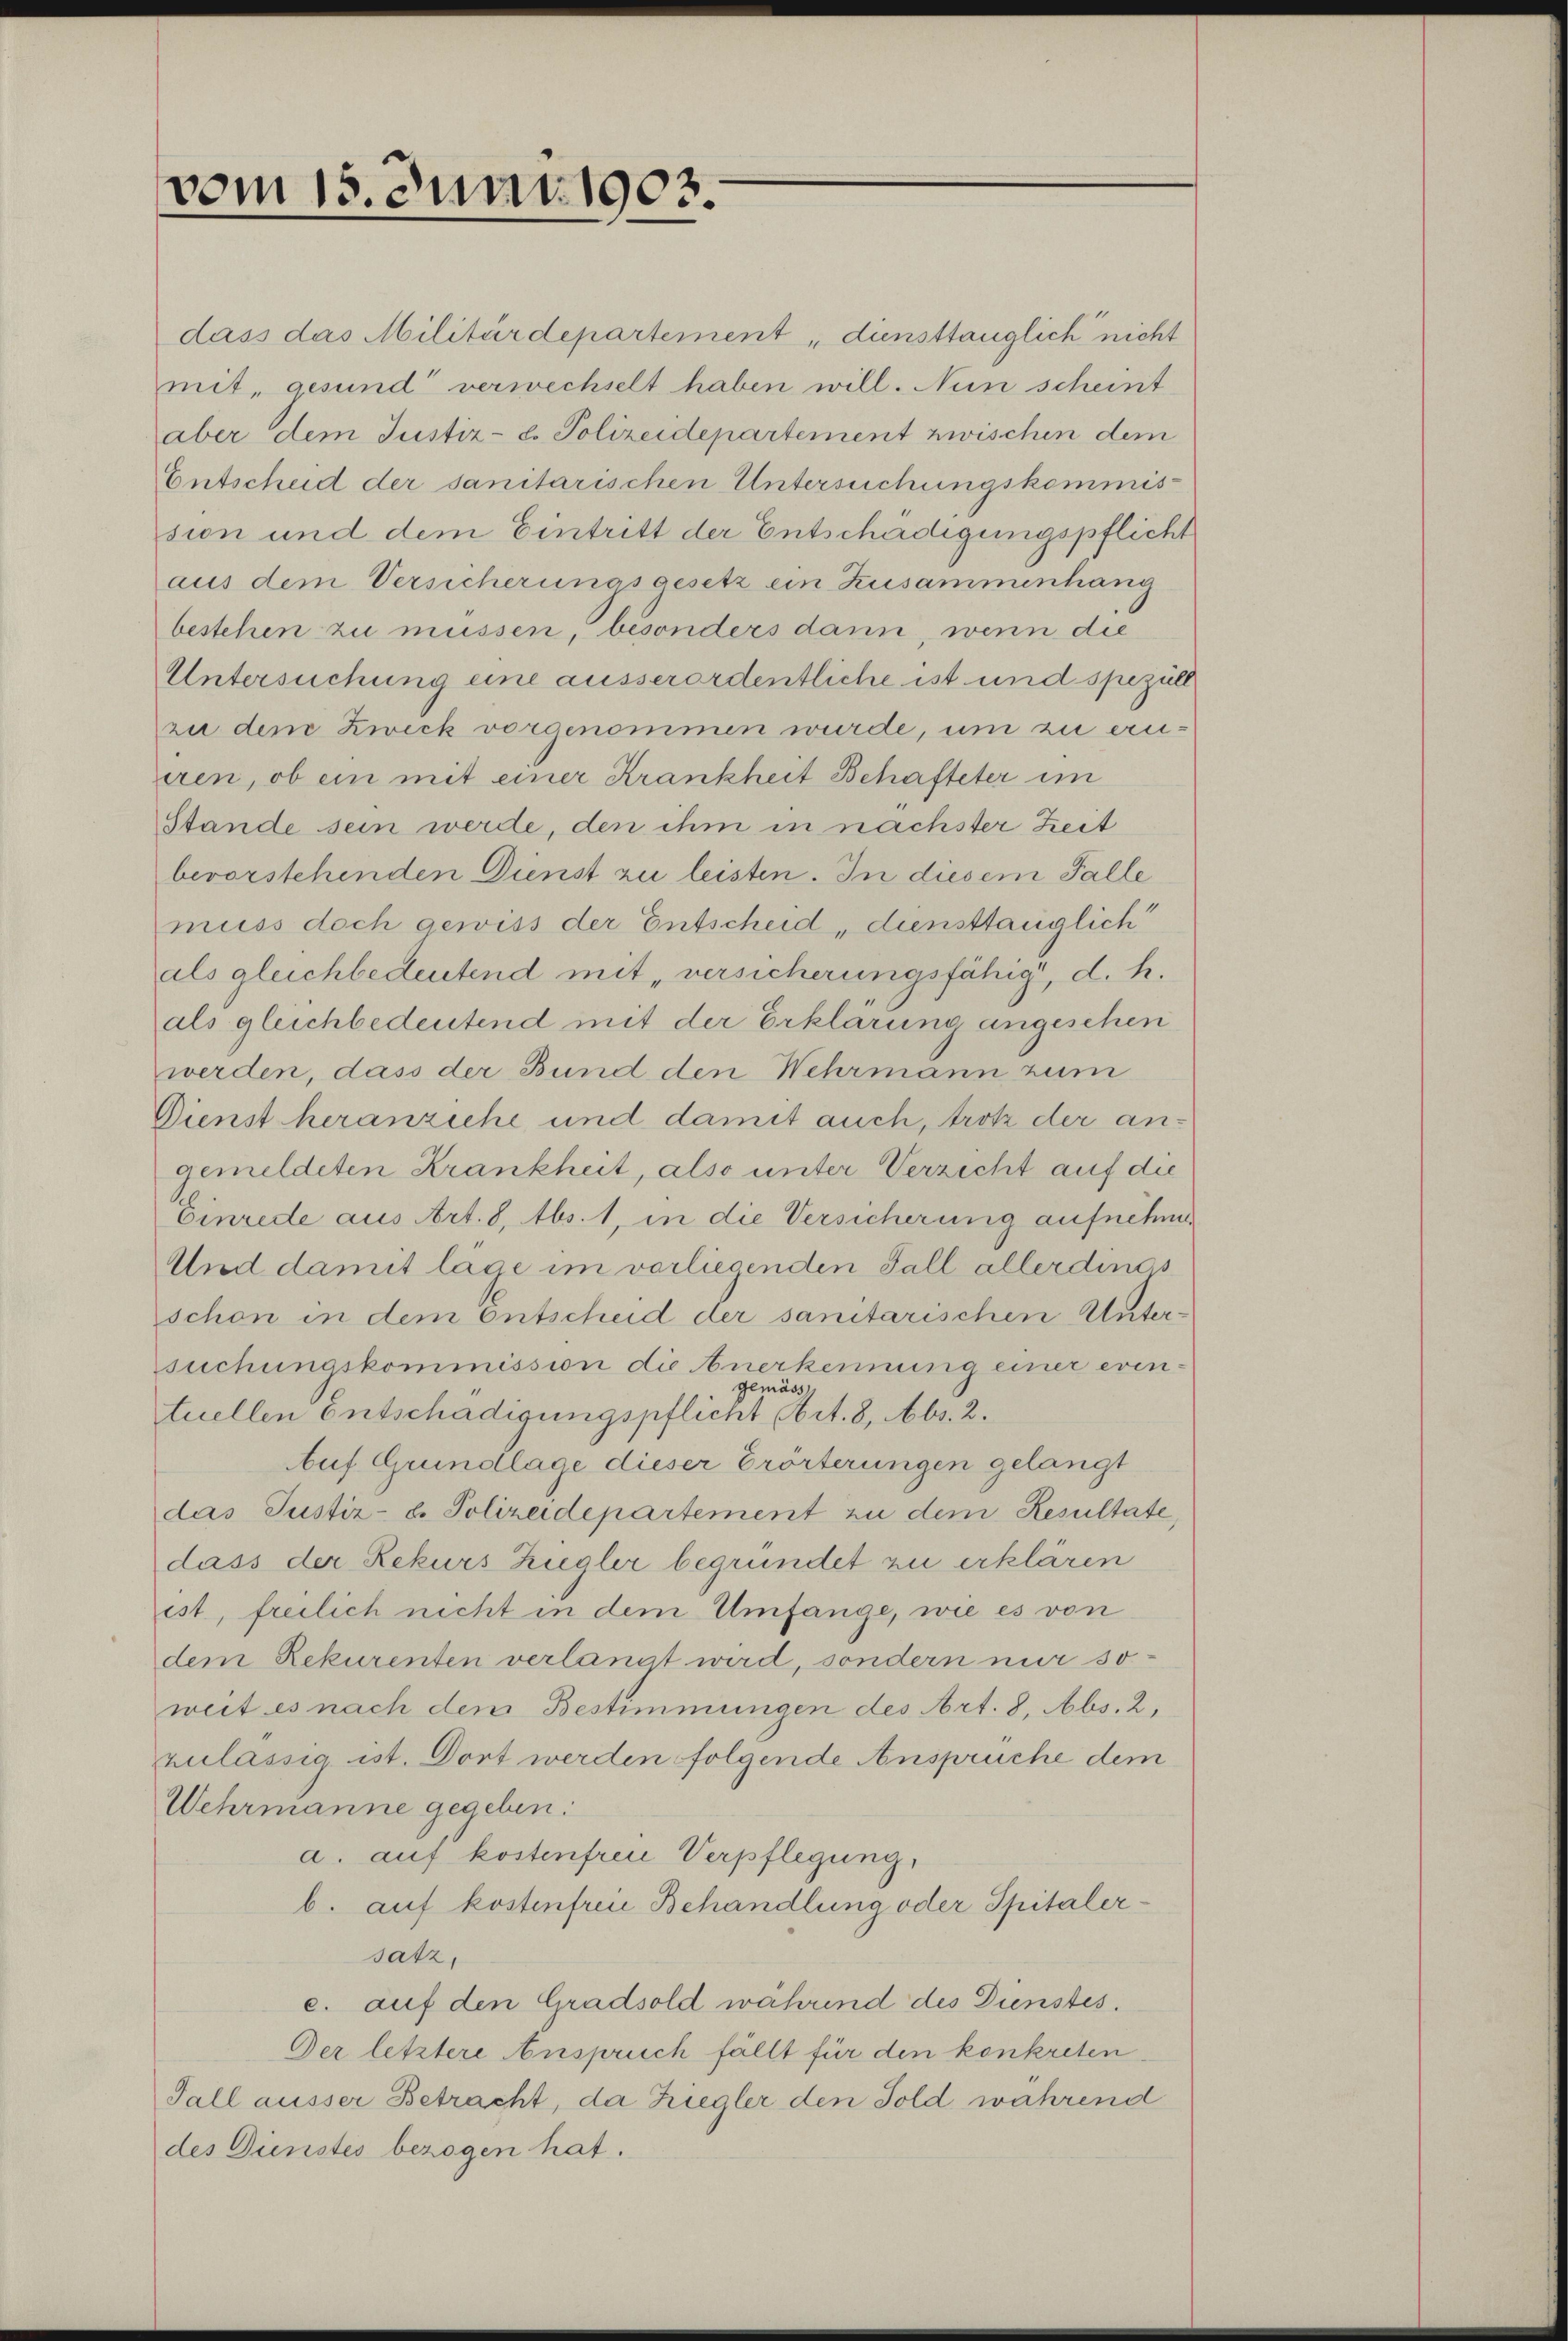
vom 15. Juni 1903.

dass das Militärdepartement „dunsttauglich nicht
mit, gesund verwechselt haben will. Nun scheint
aber dem Justiz- & Polizeidepartement zwischen dem
Entscheid der sanitarischen Untersuchungskommission und dem Eintritt der Entschädigungspflicht
aus dem Versicherungsgesetz ein Zusammenhang
bestehen zu müssen, besonders dann, wenn die
Untersuchung eine ausserordentliche ist und spezüll
zu dem Zweck vorgenommen wurde, um zu erueren, ob ein mit einer Krankheit Behafteter im
Stande sein werde, den ihm in nächster Zeit
bevorstehenden Dienst zu leisten. In diesem Falle
muss doch gewiss der Entscheid, diensttauglich
als gleichbedeutend mit „versicherungsfähig, d. h.
als gleichbedeutend mit der Erklärung angesehen
werden, dass der Bund den Wehrmann zum
Dienst heranziehe und damit auch, trotz der angemeldeten Krankheit, also unter Verzicht auf die
Einrede aus Art. 8, Abs. 1, in die Versicherung aufnehme
Und damit lage im vorliesenden Fall allerdines
schon in dem Entscheid der sanitarischen Untersuchungskommission die Anerkennung einer even-
gemäss
tuellen Entschädigungspflicht Art. 8, Abs. 2.
Auf Grundlage dieser Erörterungen gelangt
das Justiz- u. Polizeidepartement zu dem Resultate,
dass der Rekurs Ziegler begründet zu erklären
ist, freilich nicht in dem Umfange, wie es von
dem Rekurenten verlangt wird, sondern mir soweit es nach dem Bestimmungen des Art. 8, Abs. 2.
zulassig ist. Dort werden folgende Anspruche dem
Wehrmanne gegeben:
a. auf kostenfrei Verpflegung,
b. auf kostenfreie Behandlung oder Spitalersatz,
e. auf den Gradsold während des Dünstes.
Der letztere Anspruch fällt für den konkreten
Fall ausser Betracht, da Ziegler den Sold während
des Dienstes bezogen hat.